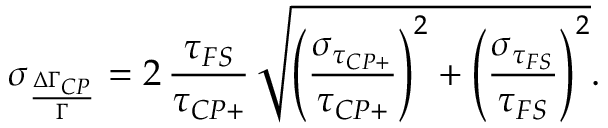
\sigma _ { \frac { \Delta \Gamma _ { C P } } { \Gamma } } = 2 \, { \frac { \tau _ { F S } } { \tau _ { C P + } } } \, \sqrt { \left( { \frac { \sigma _ { \tau _ { C P + } } } { \tau _ { C P + } } } \right) ^ { 2 } + \left( { \frac { \sigma _ { \tau _ { F S } } } { \tau _ { F S } } } \right) ^ { 2 } } .